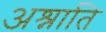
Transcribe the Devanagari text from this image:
अश्नाति